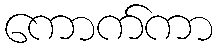
ကောက်ကာ